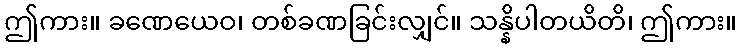
ဤကား။ ခဏေယေဝ၊ တစ်ခဏခြင်းလျှင်။ သန္နိပါတယိတိ၊ ဤကား။